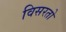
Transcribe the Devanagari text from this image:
विसरतो